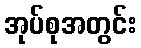
အုပ်စုအတွင်း